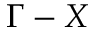
\Gamma - X